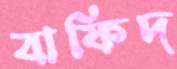
বাফিদ